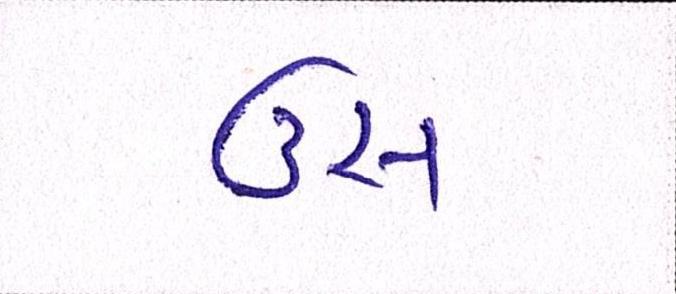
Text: ઉસ